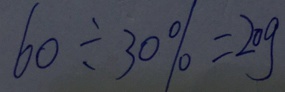
6 0 \div 3 0 \% = 2 0 g